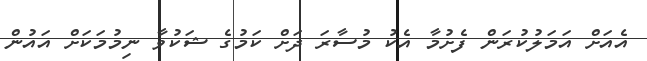
އެއަށް އަމަލުކުރަން ފެށުމާ އެކު މުސާރަ ދަށް ކަމުގެ ޝަކުވާ ނިމުމަކަށް އައުން